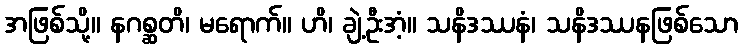
အဖြစ်သို့။ နဂစ္ဆတိ၊ မရောက်။ ဟိ၊ ချဲ့ဦးအံ့။ သနိဒဿနံ၊ သနိဒဿနဖြစ်သော